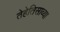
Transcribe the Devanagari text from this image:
तेहेतिसाव्या